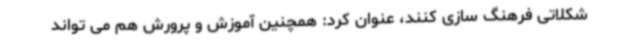
شکلاتی فرهنگ سازی کنند، عنوان کرد: همچنین آموزش و پرورش هم می تواند